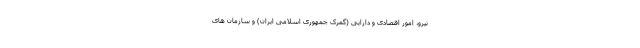
نیرو، امور اقتصادی و دارایی (گمرک جمهوری اسلامی ایران) و سازمان های